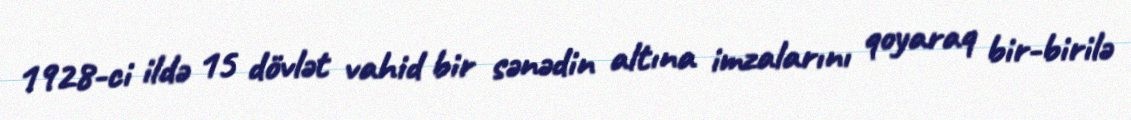
1928-ci ildə 15 dövlət vahid bir sənədin altına imzalarını qoyaraq bir-birilə